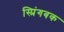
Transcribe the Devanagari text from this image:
स्प्रिंगबक